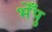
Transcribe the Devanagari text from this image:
भेँपु